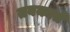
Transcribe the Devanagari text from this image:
तबकाते